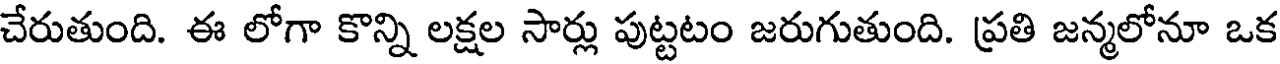
చేరుతుంది. ఈ లోగా కొన్ని లక్షల సార్లు పుట్టటం జరుగుతుంది. ప్రతి జన్మలోనూ ఒక